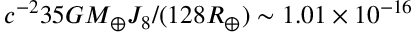
c ^ { - 2 } 3 5 G M _ { \oplus } J _ { 8 } / ( 1 2 8 R _ { \oplus } ) \sim 1 . 0 1 \times 1 0 ^ { - 1 6 }